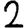
Digit: 2